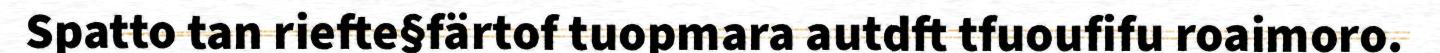
Spatto tan riefte§färtof tuopmara autdft tfuoufifu roaimoro.